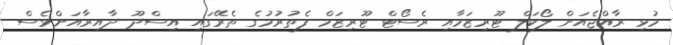
މުޅި ރާއްޖެއަށް ލޯކަލް ޓޫރިޒަމާއި ރެސޯޓް ޓޫރިޒަމް ފެތުރުމުގެ ތެރޭގައި އިސްދޫ ދާއިރާއަށްވެސް